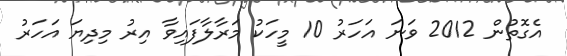
އެގޮތުން 2012 ވަނަ އަހަރު 10 މީހަކު މަރާލާފައިވާ އިރު މިދިޔަ އަހަރު